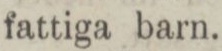
fattiga barn.